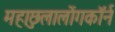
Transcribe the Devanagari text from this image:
महाछुलालोंगकॉर्न